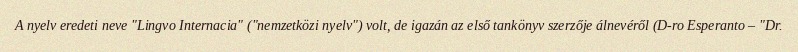
A nyelv eredeti neve "Lingvo Internacia" ("nemzetközi nyelv") volt, de igazán az első tankönyv szerzője álnevéről (D-ro Esperanto – "Dr.